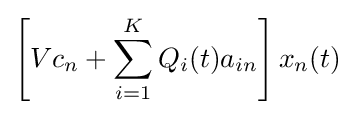
\left[Vc_{n}+\sum _{i=1}^{K}Q_{i}(t)a_{in}\right]x_{n}(t)